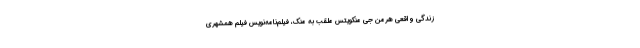
زندگی واقعی هرمن جی منکویتس ملقب به منک، فیلم‌نامه‌نویس فیلم همشهری